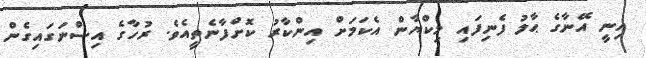
އިނީ އޭނާގެ ޙާލު ފެނިފައި މިކްޔާން އެކަމަށް އިންކާރު ކޮށްފާނެތީއެވެ. ރުހާގެ އިސްނަގައިގެން